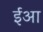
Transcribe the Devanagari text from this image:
ईआ